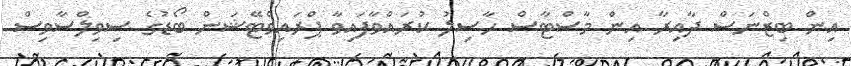
އިން ބިޒްނަސް ދާއިރާ އިން މާސްޓާސް ހާސިލު ކުރައްވާފައިވާ ޕްރައިވެޓޭޝަން ބޯޑުގެ ސިވިލްސާވިސް